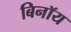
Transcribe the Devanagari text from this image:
बिनॉय